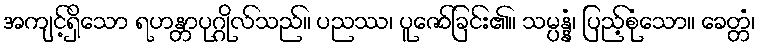
အကျင့်ရှိသော ရဟန္တာပုဂ္ဂိုလ်သည်။ ပညဿ၊ ပူဇော်ခြင်း၏။ သမ္ပန္နံ၊ ပြည့်စုံသော။ ခေတ္တံ၊